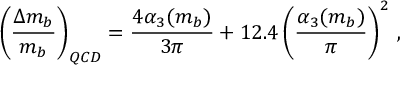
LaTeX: \left( \frac { \Delta m _ { b } } { m _ { b } } \right) _ { Q C D } = \frac { 4 \alpha _ { 3 } ( m _ { b } ) } { 3 \pi } + 1 2 . 4 \left( \frac { \alpha _ { 3 } ( m _ { b } ) } { \pi } \right) ^ { 2 } \, ,